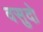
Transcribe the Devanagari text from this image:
वसुदो